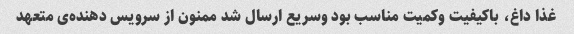
غذا داغ، باکیفیت وکمیت مناسب بود وسریع ارسال شد ممنون از سرویس دهنده‌ی متعهد